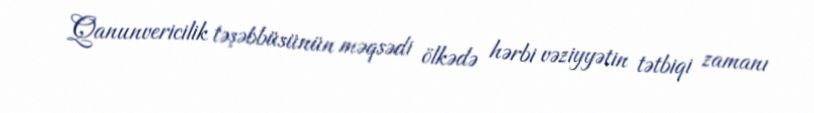
Qanunvericilik təşəbbüsünün məqsədi ölkədə hərbi vəziyyətin tətbiqi zamanı